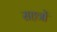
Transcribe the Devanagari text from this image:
सहत्रों